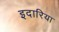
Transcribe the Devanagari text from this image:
इदारिया